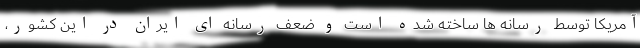
آمریکا توسط رسانه ها ساخته شده است و ضعف رسانه ای ایران در این کشور،